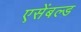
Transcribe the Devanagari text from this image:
एसेंबल्ड